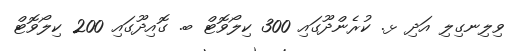
ވިލިނގިލި އަދި ޅ. ކުރެންދޫގައި 300 ކިލޯވޮޓް ބ. ގޮއިދޫގައި 200 ކިލޯވޮޓް